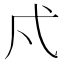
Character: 𭚠